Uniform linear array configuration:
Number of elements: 8
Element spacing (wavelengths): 0.75
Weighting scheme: kaiser
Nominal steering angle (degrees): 60
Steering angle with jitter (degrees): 59.286
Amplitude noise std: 0.05
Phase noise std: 0.05

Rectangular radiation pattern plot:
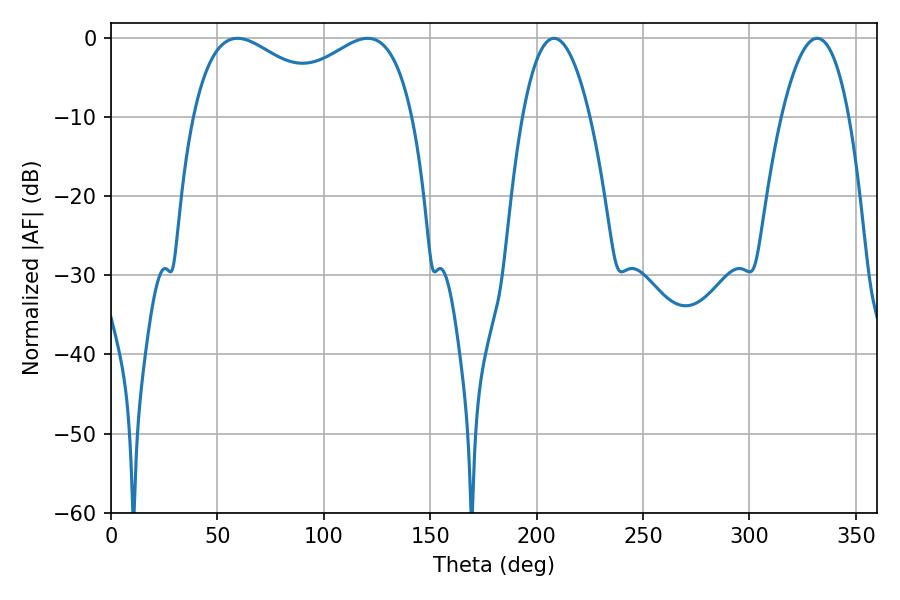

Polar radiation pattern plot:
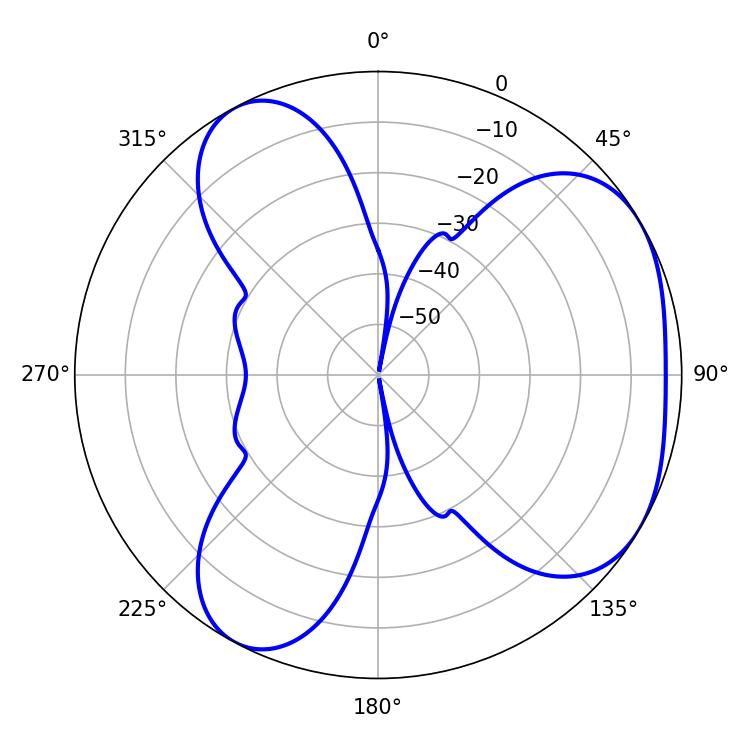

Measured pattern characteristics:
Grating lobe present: TRUE
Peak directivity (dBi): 4.255
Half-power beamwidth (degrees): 38.7
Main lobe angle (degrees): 59.4